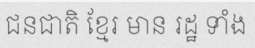
ជនជាតិ ខ្មែរ មាន រដ្ឋ ទាំង